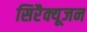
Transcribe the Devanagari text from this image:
सिरैक्यूजन